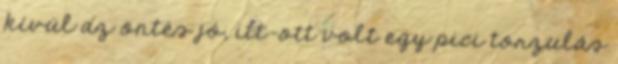
kívül az öntés jó, itt-ott volt egy pici torzulás